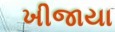
ખીજાયા